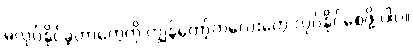
မလုပ်နိုင်ခဲ့တာတွေကို ကျွန်တော့်ကလေးတွေ လုပ်နိုင်စေဖို့ ပါပဲ။